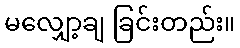
မလျှော့ချ ခြင်းတည်း။